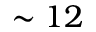
\sim 1 2